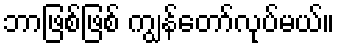
ဘာဖြစ်ဖြစ် ကျွန်တော်လုပ်မယ်။